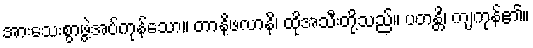
အားသေးစွာဖွဲ့အပ်ကုန်သော။ တာနိဖလာနိ၊ ထိုအသီးတို့သည်။ ပတန္တိ၊ ကျကုန်၏။